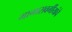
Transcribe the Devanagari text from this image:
मागासवर्गीयांचे